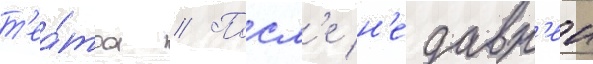
т'еа́тра // Посл'е н'едавн'еи